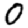
Digit: 0